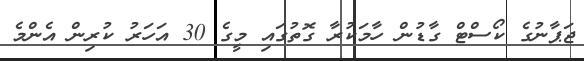
ޖަޕާނުގެ ކޯސްޓް ގާޑުން ހާމަކުރާ ގޮތުގައި މީގެ 30 އަހަރު ކުރިން އެންމެ